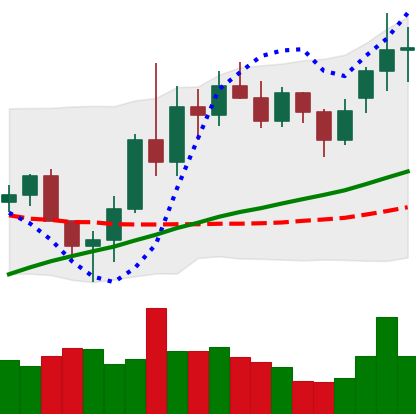
Ticker: LINK-USD
Chart end date: 2020-11-19
Forward return: 14.673%
Label: up_7plus